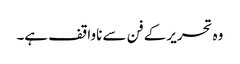
وہ تحریر کے فن سے ناواقف ہے۔